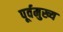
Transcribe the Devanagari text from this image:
पूर्वमुख्य